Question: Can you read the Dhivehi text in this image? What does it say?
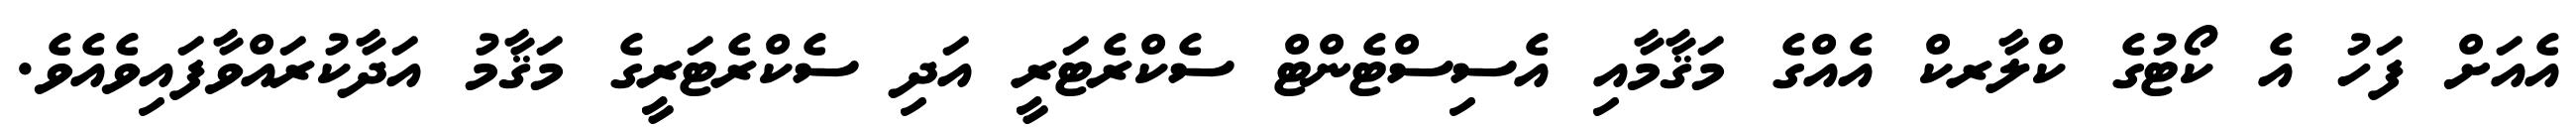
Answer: އެއަށް ފަހު އެ ކޯޓުގެ ކްލާރކް އެއްގެ މަޤާމާއި އެސިސްޓެންޓް ސެކްރެޓަރީ އަދި ސެކްރެޓަރީގެ މަޤާމު އަދާކުރައްވާފައިވެއެވެ.